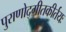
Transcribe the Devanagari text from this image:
पुराणोद्गीतकीर्तयः